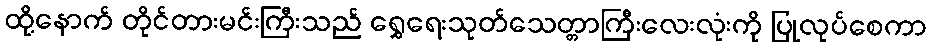
ထို့နောက် တိုင်တားမင်းကြီးသည် ရွှေရေးသုတ်သေတ္တာကြီးလေးလုံးကို ပြုလုပ်စေကာ